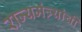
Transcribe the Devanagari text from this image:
राज्यमंत्र्यांची